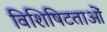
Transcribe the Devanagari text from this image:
विशिषिटताओं